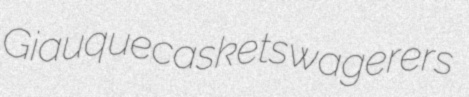
Giauque caskets wagerers